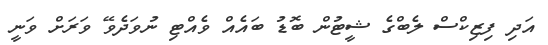
އަދި ފިޒިކްސް ލެބްގެ ޝީޓުން ބޮޑު ބައެއް ވެއްޓި ނުވަދެވޭ ވަރަށް ވަނީ